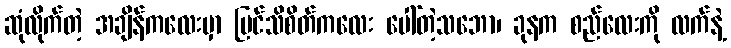
ဆုံလိုက်တဲ့ အချိန်ကလေးမှာ မြင်သိစိတ်ကလေး ပေါ်တဲ့သဘော၊ ခုနက စည်လေးကို လက်နဲ့